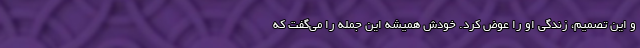
و این تصمیم، زندگی او را عوض کرد. خودش همیشه این جمله را می‌گفت که